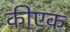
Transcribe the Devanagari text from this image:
कीएक